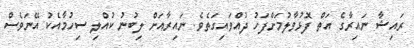
ރައިޝާ ނައިރާގެ އަތް ފޮޅުވާލުމަށްފަހު ދުއްވައިގަތެވެ. ނައިރާއަށް ލިބުނު ކުއްލި ސިހުމާއެކު އޭނަވެސް